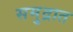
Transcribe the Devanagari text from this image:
समु्द्रात